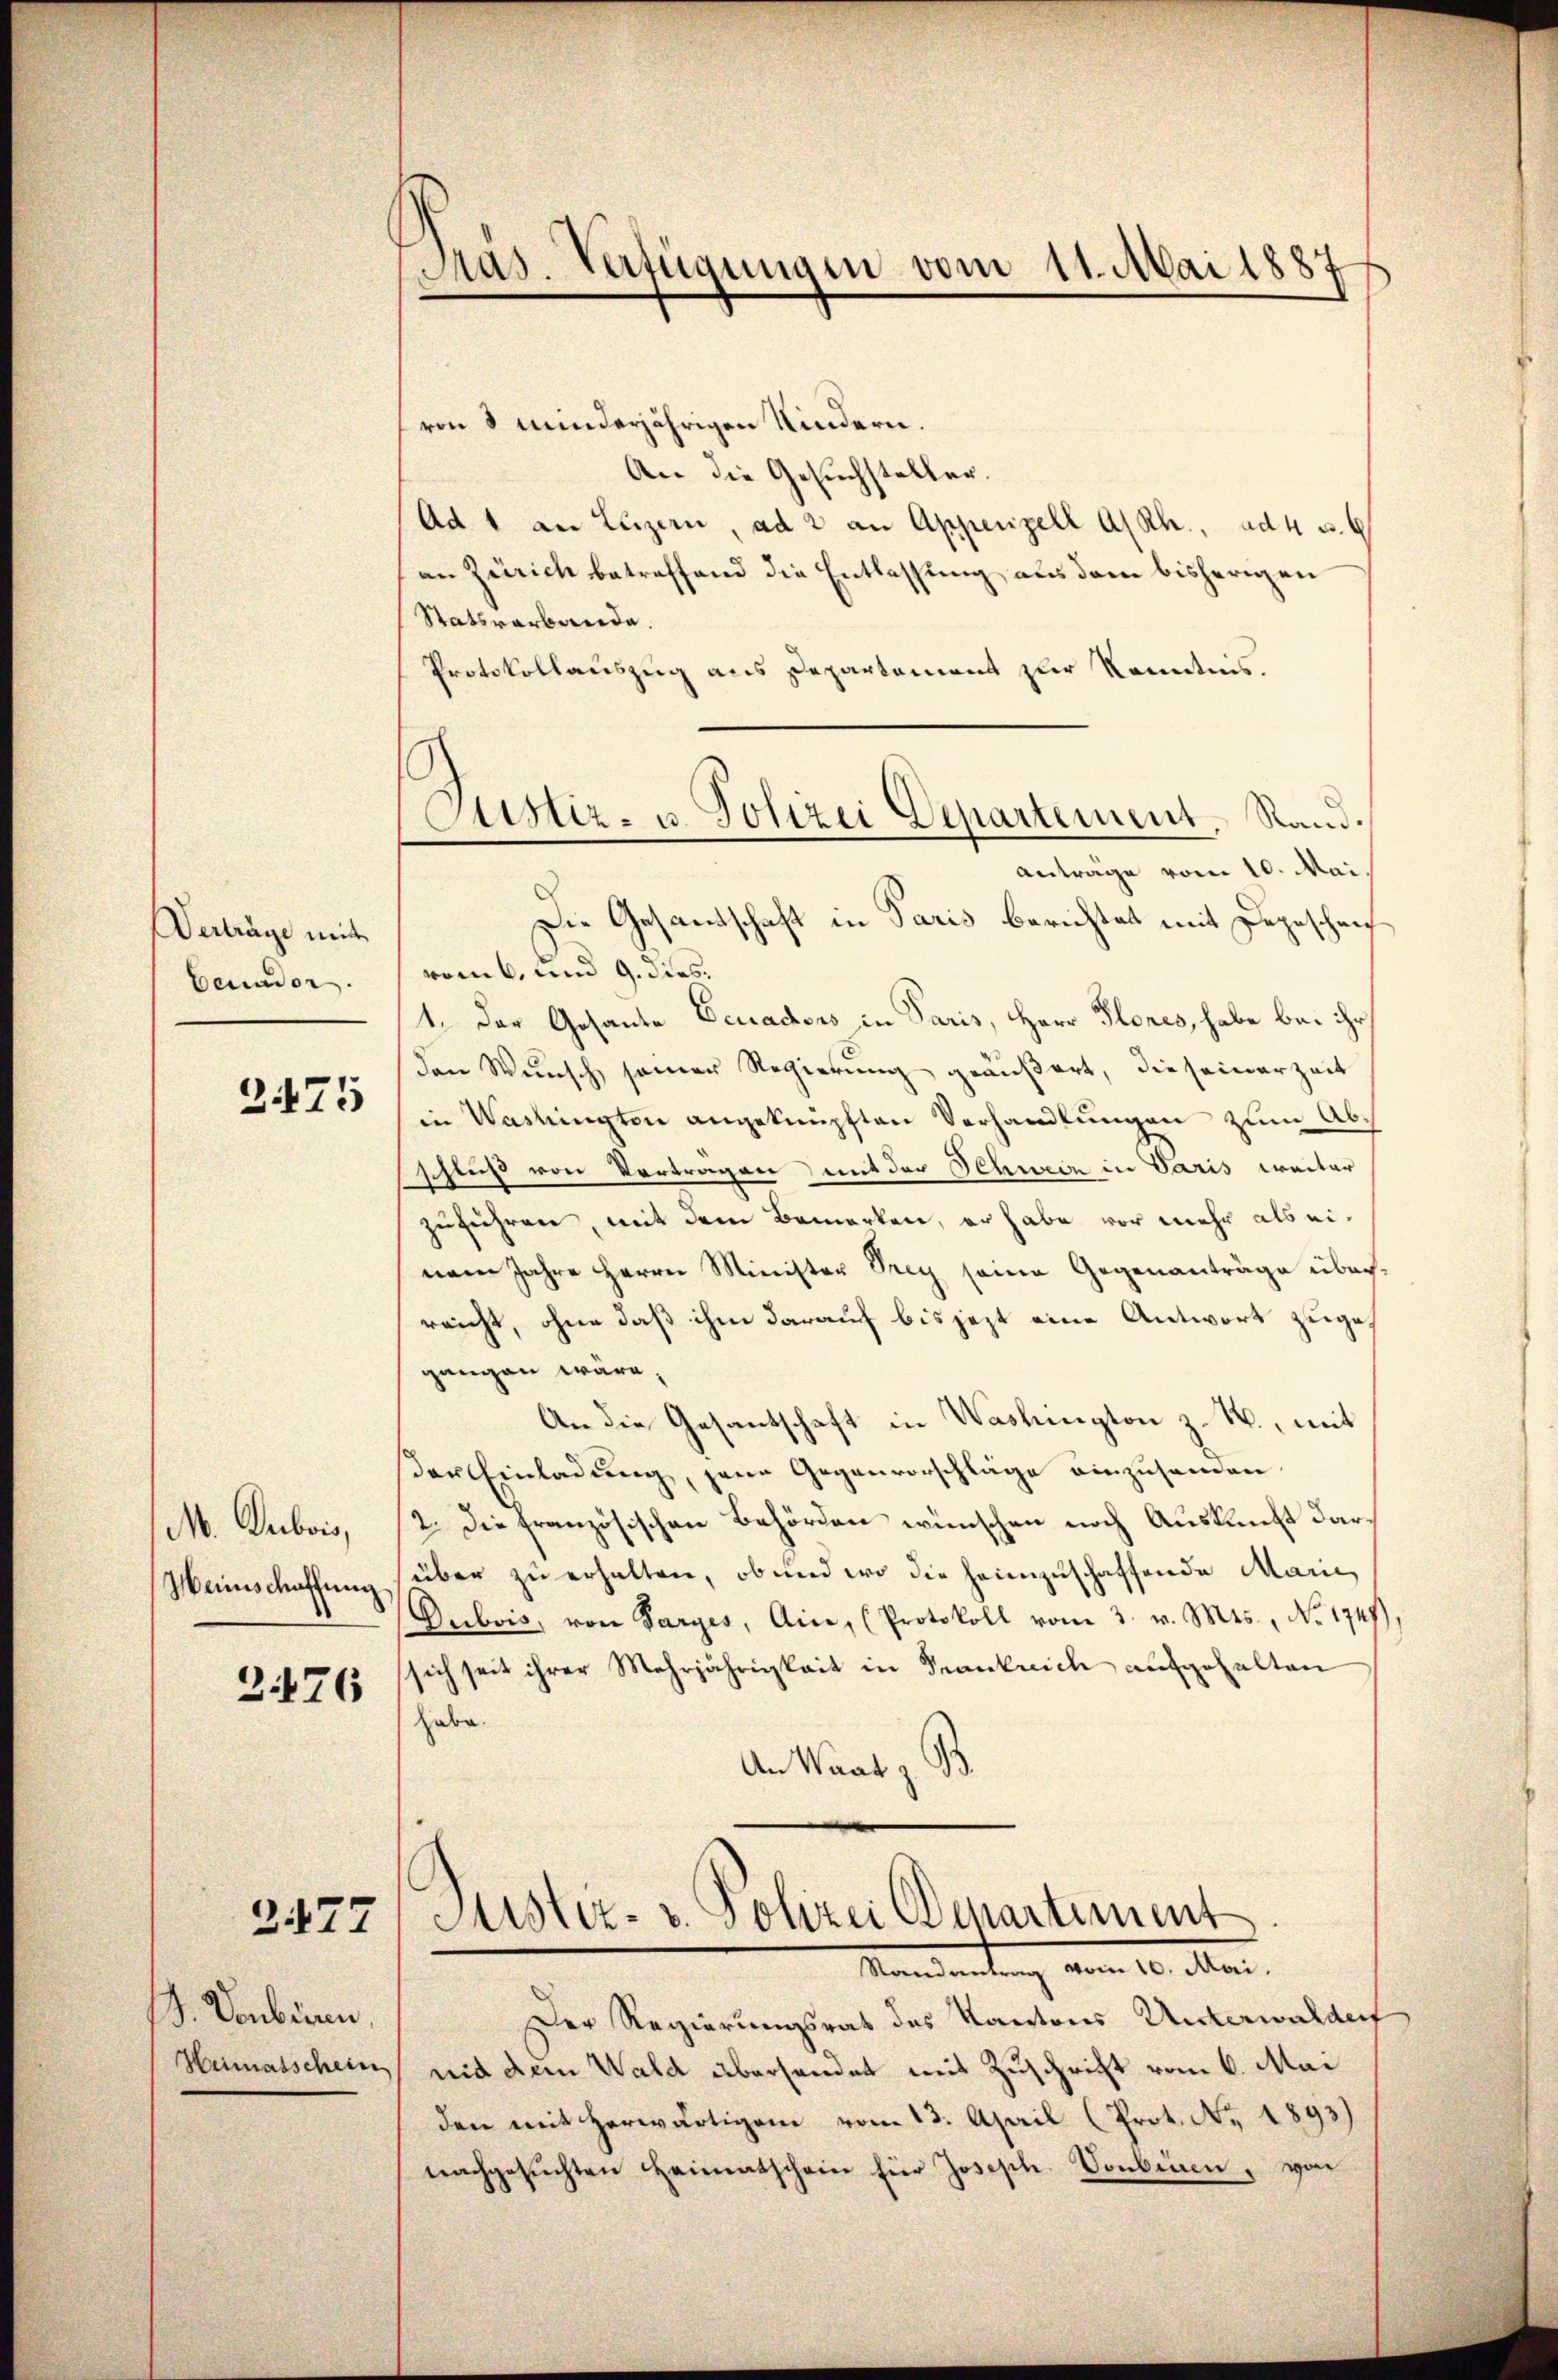
Verträge mit
Benador

2475

M. Dubois,
Heinschaffung.

3176

3177

. Vonbiren,

Gras Verfügungen vom 11. Mai 1887
1

Justiz- u. Polizei Departement, Rand.

von 8 minderjährigen Kindern.
An die Gesuchsteller.
Ad 1 an Luzern, ad 2 an Appenzell a/Rh., ad 4 S. 6
an Zürich betreffend die Entlassung aus dem bisherigen
Statsverbande.
Protokollauszug aus Departement zur Kenntnis.
Anträge vom 10. Mai.
Die Gesandtschaft in Paris berichtet mit Depeschrich
vom 6. und 9. dies.
1. Der Gesante Deucadons in Paris, Herr Flores, habe bei ihr
den Wunsch seiner Regierung geäußert, die seinerzeit
in Washingten angeknüpften Verhandlungen zum Abs
schluß von Vortragen mit der Schwein in Varis weiter
zuführen, mit dem Bemerken, er habe vor mehr als einem Jahre Herrn Minister Frey seine Gegenanträge überreicht, ohne daß ihm darauf bis jezt eine Antwort zugegangen wäre,
An die Gesantschaft in Washington z. B., mit
der Einladung, jene Gegenvorschläge einzusenden
2. Die französischen Behörden wünschen noch Auskunft darüber zu erhalten, ob und wo die heimzuschaffende Marie
Dubois, von Parzes, Ain (Protokoll vom 3. v. Mts., No. 1747
sich seit ihrer Mehrjährigkeit in Frankreich aufgehalten
habe.
An Waat z. B.

Justiz- u. Polizei Departement
Mandantung vom 10. Mai.

Der Regierungsrat des Kantons Unterwalden
Heimatschein nid dem Wald überhandet mit Zuschrift vom 6. Mai
den mit herwärtigem vom 13. April (Prot. No. 1893)
nachgesuchten Heimatschein für Joseph. Vorbenen, von